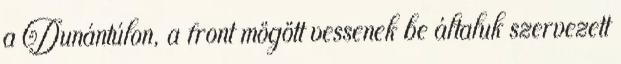
a Dunántúlon, a front mögött vessenek be általuk szervezett